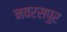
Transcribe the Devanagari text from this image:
नवरसपुर